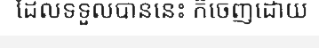
ដែលទទួលបាននេះ ក៏ចេញដោយ